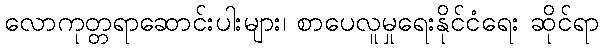
လောကုတ္တရာဆောင်းပါးများ၊ စာပေလူမှုရေးနိုင်ငံရေး ဆိုင်ရာ